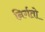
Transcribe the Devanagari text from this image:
निर्गतो